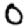
Digit: 0